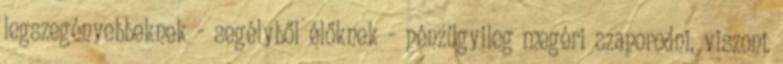
legszegényebbeknek - segélyből élőknek - pénzügyileg megéri szaporodni, viszont